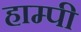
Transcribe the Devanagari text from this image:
हाम्पी